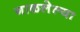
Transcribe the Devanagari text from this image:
गाळलेल्या